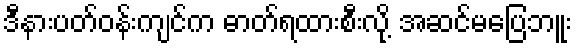
ဒီနားပတ်ဝန်းကျင်က ဓာတ်ရထားစီးလို့ အဆင်မပြေဘူး